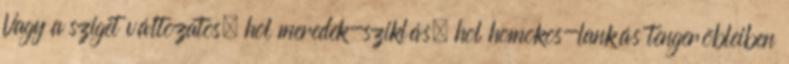
Vagy a sziget változatos, hol meredek-sziklás, hol homokos-lankás tengeröbleiben